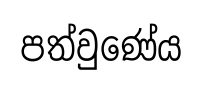
පත්වුණේය